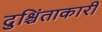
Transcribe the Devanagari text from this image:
दुश्चिंताकारी